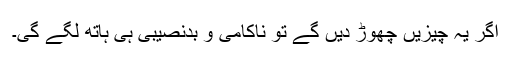
اگر یہ چیزیں چھوڑ دیں گے تو ناکامی و بدنصیبی ہی ہاتھ لگے گی۔